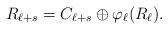
LaTeX: \begin{align*}R_{\ell+s} = C_{\ell +s} \oplus \varphi_{\ell}(R_\ell).\end{align*}